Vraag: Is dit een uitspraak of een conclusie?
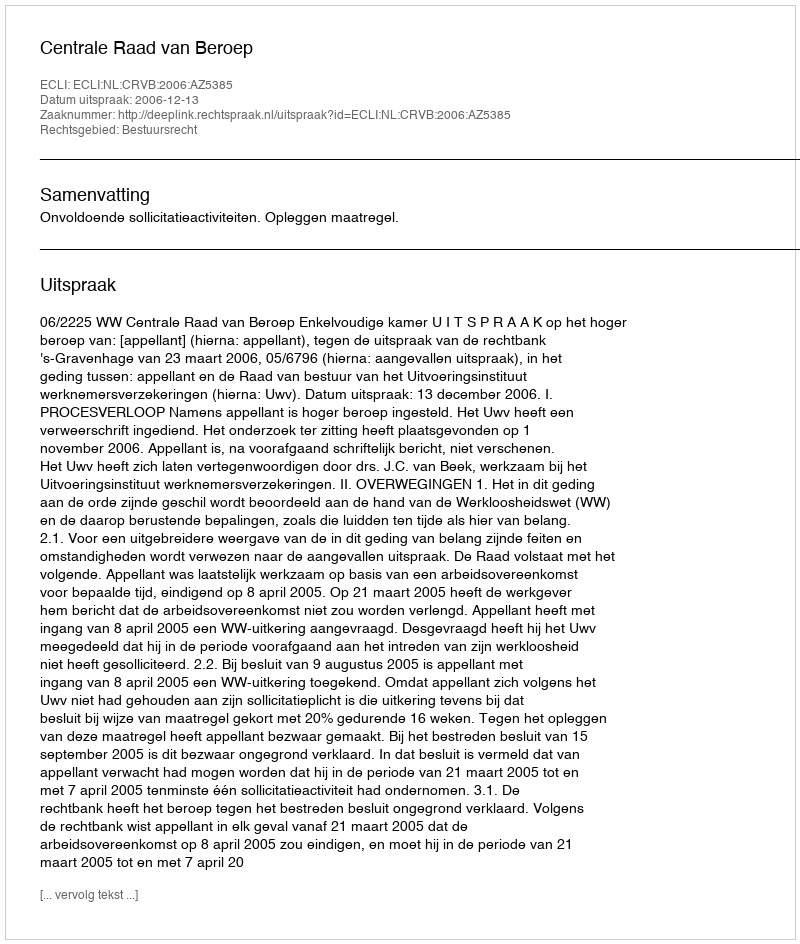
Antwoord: Uitspraak